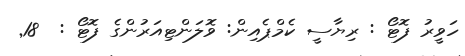
ހަވީރު ފޮޓޯ : ރިޔާސީ ކެމްޕެއިން: ވޮލަންޓިއަރުންގެ ފޮޓޯ :  18